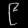
Digit: ၉